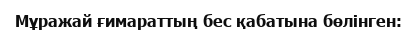
Мұражай ғимараттың бес қабатына бөлінген: